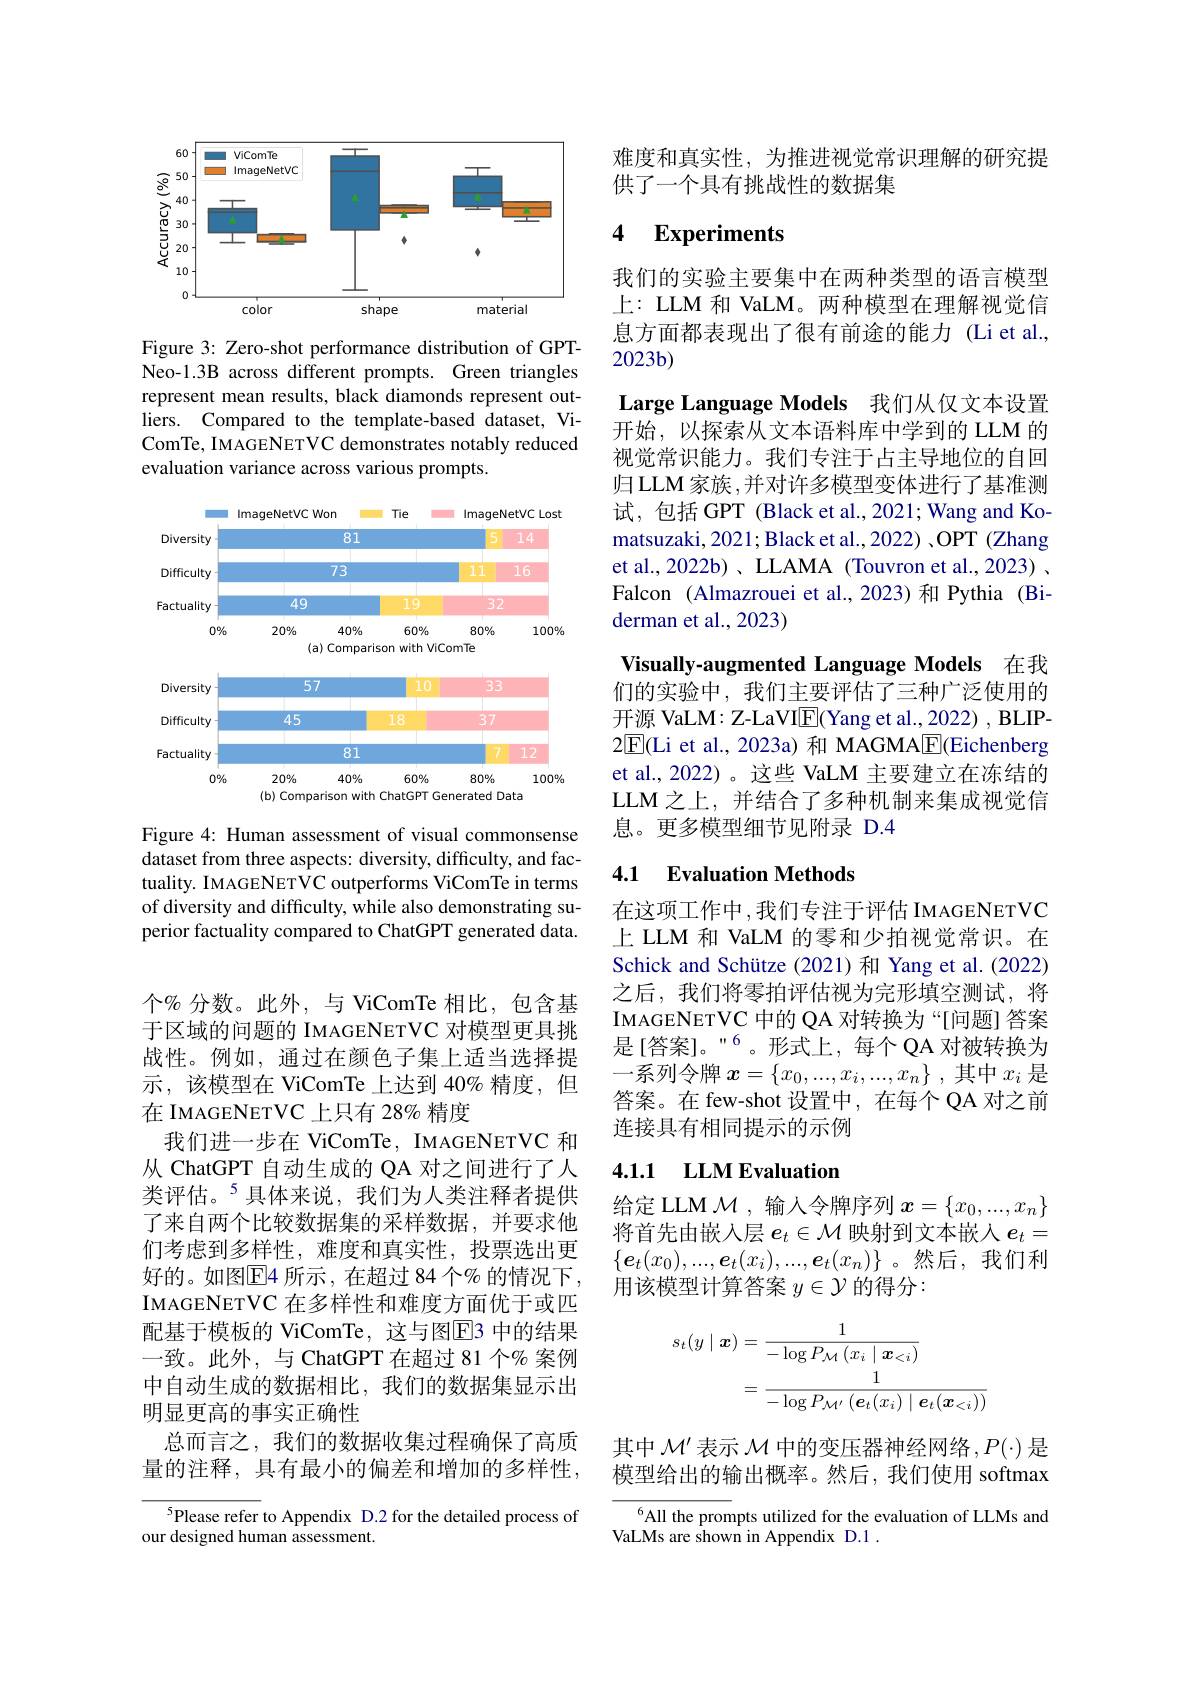
<FigureHere>

Figure 3: Zero-shot performance distribution of GPTNeo-1.3B across different prompts. Green triangles represent mean results, black diamonds represent outliers. Compared to the template-based dataset, ViComTe, IMAGENETVC demonstrates notably reduced evaluation variance across various prompts.

<FigureHere>

Figure 4: Human assessment of visual commonsense dataset from three aspects: diversity, difficulty, and factuality. IMAGENETVC outperforms ViComTe in terms of diversity and difficulty, while also demonstrating superior factuality compared to ChatGPT generated data.

个% 分数。此外，与 ViComTe 相比，包含基于区域的问题的 IMAGENETVC 对模型更具挑战性。例如，通过在颜色子集上适当选择提示，该模型在 ViComTe 上达到 40% 精度，但在 IMAGENETVC 上只有 28% 精度
我们进一步在 ViComTe, IMAGENETVC 和从 ChatGPT 自动生成的 QA 对之间进行了人类评估。$^{5}$具体来说，我们为人类注释者提供了来自两个比较数据集的采样数据，并要求他们考虑到多样性，难度和真实性，投票选出更好的。如图区4 所示，在超过 84 个% 的情况下， IMAGENETVC 在多样性和难度方面优于或匹配基于模板的 ViComTe, 这与图$\overline{\mathrm{E}}$3 中的结果一致。此外，与 ChatGPT 在超过 81 个% 案例中自动生成的数据相比，我们的数据集显示出明显更高的事实正确性
总而言之，我们的数据收集过程确保了高质量的注释，具有最小的偏差和增加的多样性，

$^{5}$Please refer to Appendix D.2 for the detailed process of
our designed human assessment.

难度和真实性，为推进视觉常识理解的研究提
供了一个具有挑战性的数据集

## 4 $\textbf{Experiments}$

我们的实验主要集中在两种类型的语言模型上：LLM 和 VaLM。两种模型在理解视觉信息方面都表现出了很有前途的能力(Liet al. $2023b)$
Large Language Models 我们从仅文本设置开始，以探索从文本语料库中学到的 LLM 的视觉常识能力。我们专注于占主导地位的自回归 LLM 家族 ,并对许多模型变体进行了基准测试，包括 GPT (Black et al., 2021; Wang and Komatsuzaki, 2021; Black et al., 2022) ,OPT (Zhang et al., 2022b) 、 LLAMA (Touvron et al., 2023) . Falcon (Almazrouei et al., 2023) 和 Pythia (Biderman et al., 2023)
Visually-augmented Language Models 在我

们的实验中，我们主要评估了三种广泛使用的开源 VaLM: Z-LaVI$\underline{\mathrm{E}}$(Yang et al., 2022) , BLIP- 2$\overline{\mathrm{E}}($Li et al., 2023a) 和 MAGMA$\underline{\mathrm{E}}($Eichenberg et al., 2022)。这些 VaLM 主要建立在冻结的LLM 之上，并结合了多种机制来集成视觉信息。更多模型细节见附录 D.4

# 4.1 Evaluation Methods

在这项工作中，我们专注于评估 IMAGENETVC 上 LLM 和 VaLM 的零和少拍视觉常识。在Schick and Schütze (2021)和 Yang et al.(2022) 之后，我们将零拍评估视为完形填空测试，将IMAGENETVC 中的 QA 对转换为“[问题]答案是[答案]。”6。形式上，每个QA 对被转换为一系列令牌$x=\{x_0,...,x_i,...,x_n\}$ ,其中$x_i$是答案。在 few-shot 设置中，在每个 QA 对之前连接具有相同提示的示例

# 4.1.1 LLM Evaluation

给定 LLM $\mathcal{M}$ ,输入令牌序列$x=\{x_0,...,x_n\}$ 将首先由嵌入层$e_t\in\mathcal{M}$映射到文本嵌人$e_t=$ $\{\boldsymbol{e}_t(x_0),...,\boldsymbol{e}_t(x_i),...,\boldsymbol{e}_t(x_n)\}$。然后，我们利用该模型计算答案$y\in\mathcal{Y}$的得分：
$$\begin{aligned}s_{t}(y\mid\boldsymbol{x})&=\frac{1}{-\log P_{\mathcal{M}}\left(x_{i}\mid\boldsymbol{x}_{<i}\right)}\\&=\frac{1}{-\log P_{\mathcal{M}^{\prime}}\left(\boldsymbol{e}_{t}(x_{i})\mid\boldsymbol{e}_{t}(\boldsymbol{x}_{<i})\right)}\end{aligned}$$
其中$\mathcal{M}^\prime$表示$\mathcal{M}$中的变压器神经网络$,P(\cdot)$是模型给出的输出概率。然后，我们使用 softmax

$^{6}$All the prompts utilized for the evaluation of LLMs and
VaLMs are shown in Appendix D.1 .